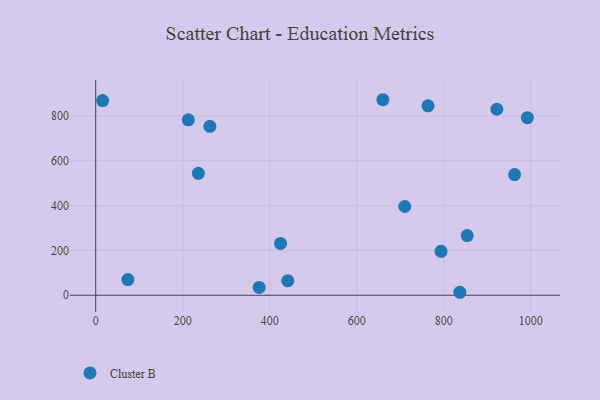
{"axis": {"x": "Ad Spend", "y": "Fuel Efficiency"}, "legend": ["Cluster B"], "data": [{"x": "922.0", "y": 830.1, "type": "Cluster B"}, {"x": "992.1", "y": 792.6, "type": "Cluster B"}, {"x": "212.9", "y": 782.9, "type": "Cluster B"}, {"x": "853.8", "y": 266.5, "type": "Cluster B"}, {"x": "837.0", "y": 13.4, "type": "Cluster B"}, {"x": "763.7", "y": 845.2, "type": "Cluster B"}, {"x": "660.0", "y": 872.5, "type": "Cluster B"}, {"x": "15.9", "y": 868.7, "type": "Cluster B"}, {"x": "710.3", "y": 396.1, "type": "Cluster B"}, {"x": "424.8", "y": 231.3, "type": "Cluster B"}, {"x": "793.6", "y": 196.1, "type": "Cluster B"}, {"x": "375.7", "y": 35.1, "type": "Cluster B"}, {"x": "262.4", "y": 753.6, "type": "Cluster B"}, {"x": "441.5", "y": 65.3, "type": "Cluster B"}, {"x": "962.7", "y": 538.6, "type": "Cluster B"}, {"x": "73.9", "y": 70.0, "type": "Cluster B"}, {"x": "235.9", "y": 543.9, "type": "Cluster B"}]}